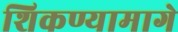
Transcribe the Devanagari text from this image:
शिकण्यामागे